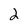
Character: 2